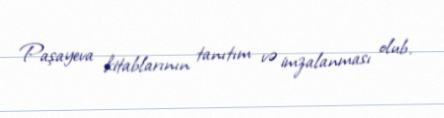
Paşayeva kitablarının tanıtım və imzalanması olub.